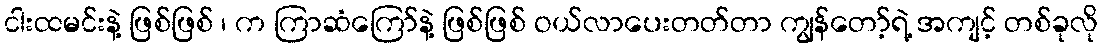
ငါးထမင်းနဲ့ ဖြစ်ဖြစ် ၊ က ကြာဆံကြော်နဲ့ ဖြစ်ဖြစ် ဝယ်လာပေးတတ်တာ ကျွန်တော့်ရဲ့ အကျင့် တစ်ခုလို